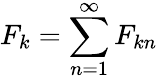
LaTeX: F_{k}=\sum_{n=1}^{\infty}F_{kn}